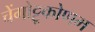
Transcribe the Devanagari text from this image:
चेंगोट्टूकोणम